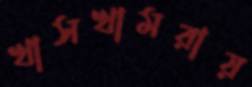
খাসখামরায়